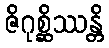
ဇိဂုစ္ဆိဿန္တိ